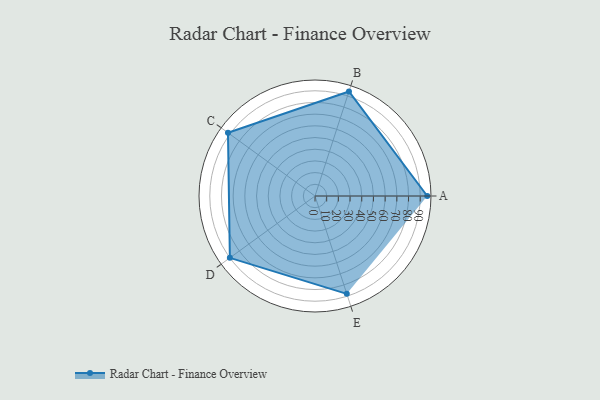
{"axis": {"x": "Skill", "y": "Score"}, "legend": ["Profile"], "data": [{"x": "A", "y": 96.0, "type": "Profile"}, {"x": "B", "y": 94.0, "type": "Profile"}, {"x": "C", "y": 92.0, "type": "Profile"}, {"x": "D", "y": 90.0, "type": "Profile"}, {"x": "E", "y": 88.0, "type": "Profile"}]}